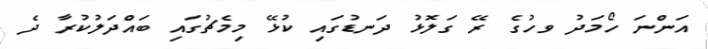
އަންނަ ހޯމަދު ވހުގެ ރޭ ގަލޮޅު ދަނޑުގައި ކުޅޭ މިމެޗުގައި ބައްދަލުކުރާ ދެ